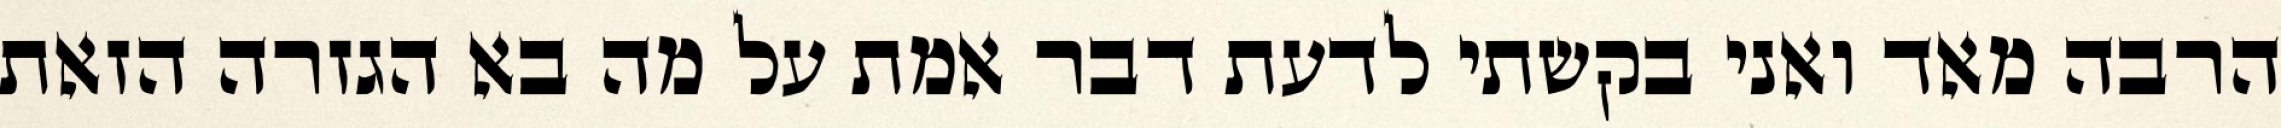
הרבה מאד ואני בקשתי לדעת דבר אמת על מה בא הגזרה הזאת